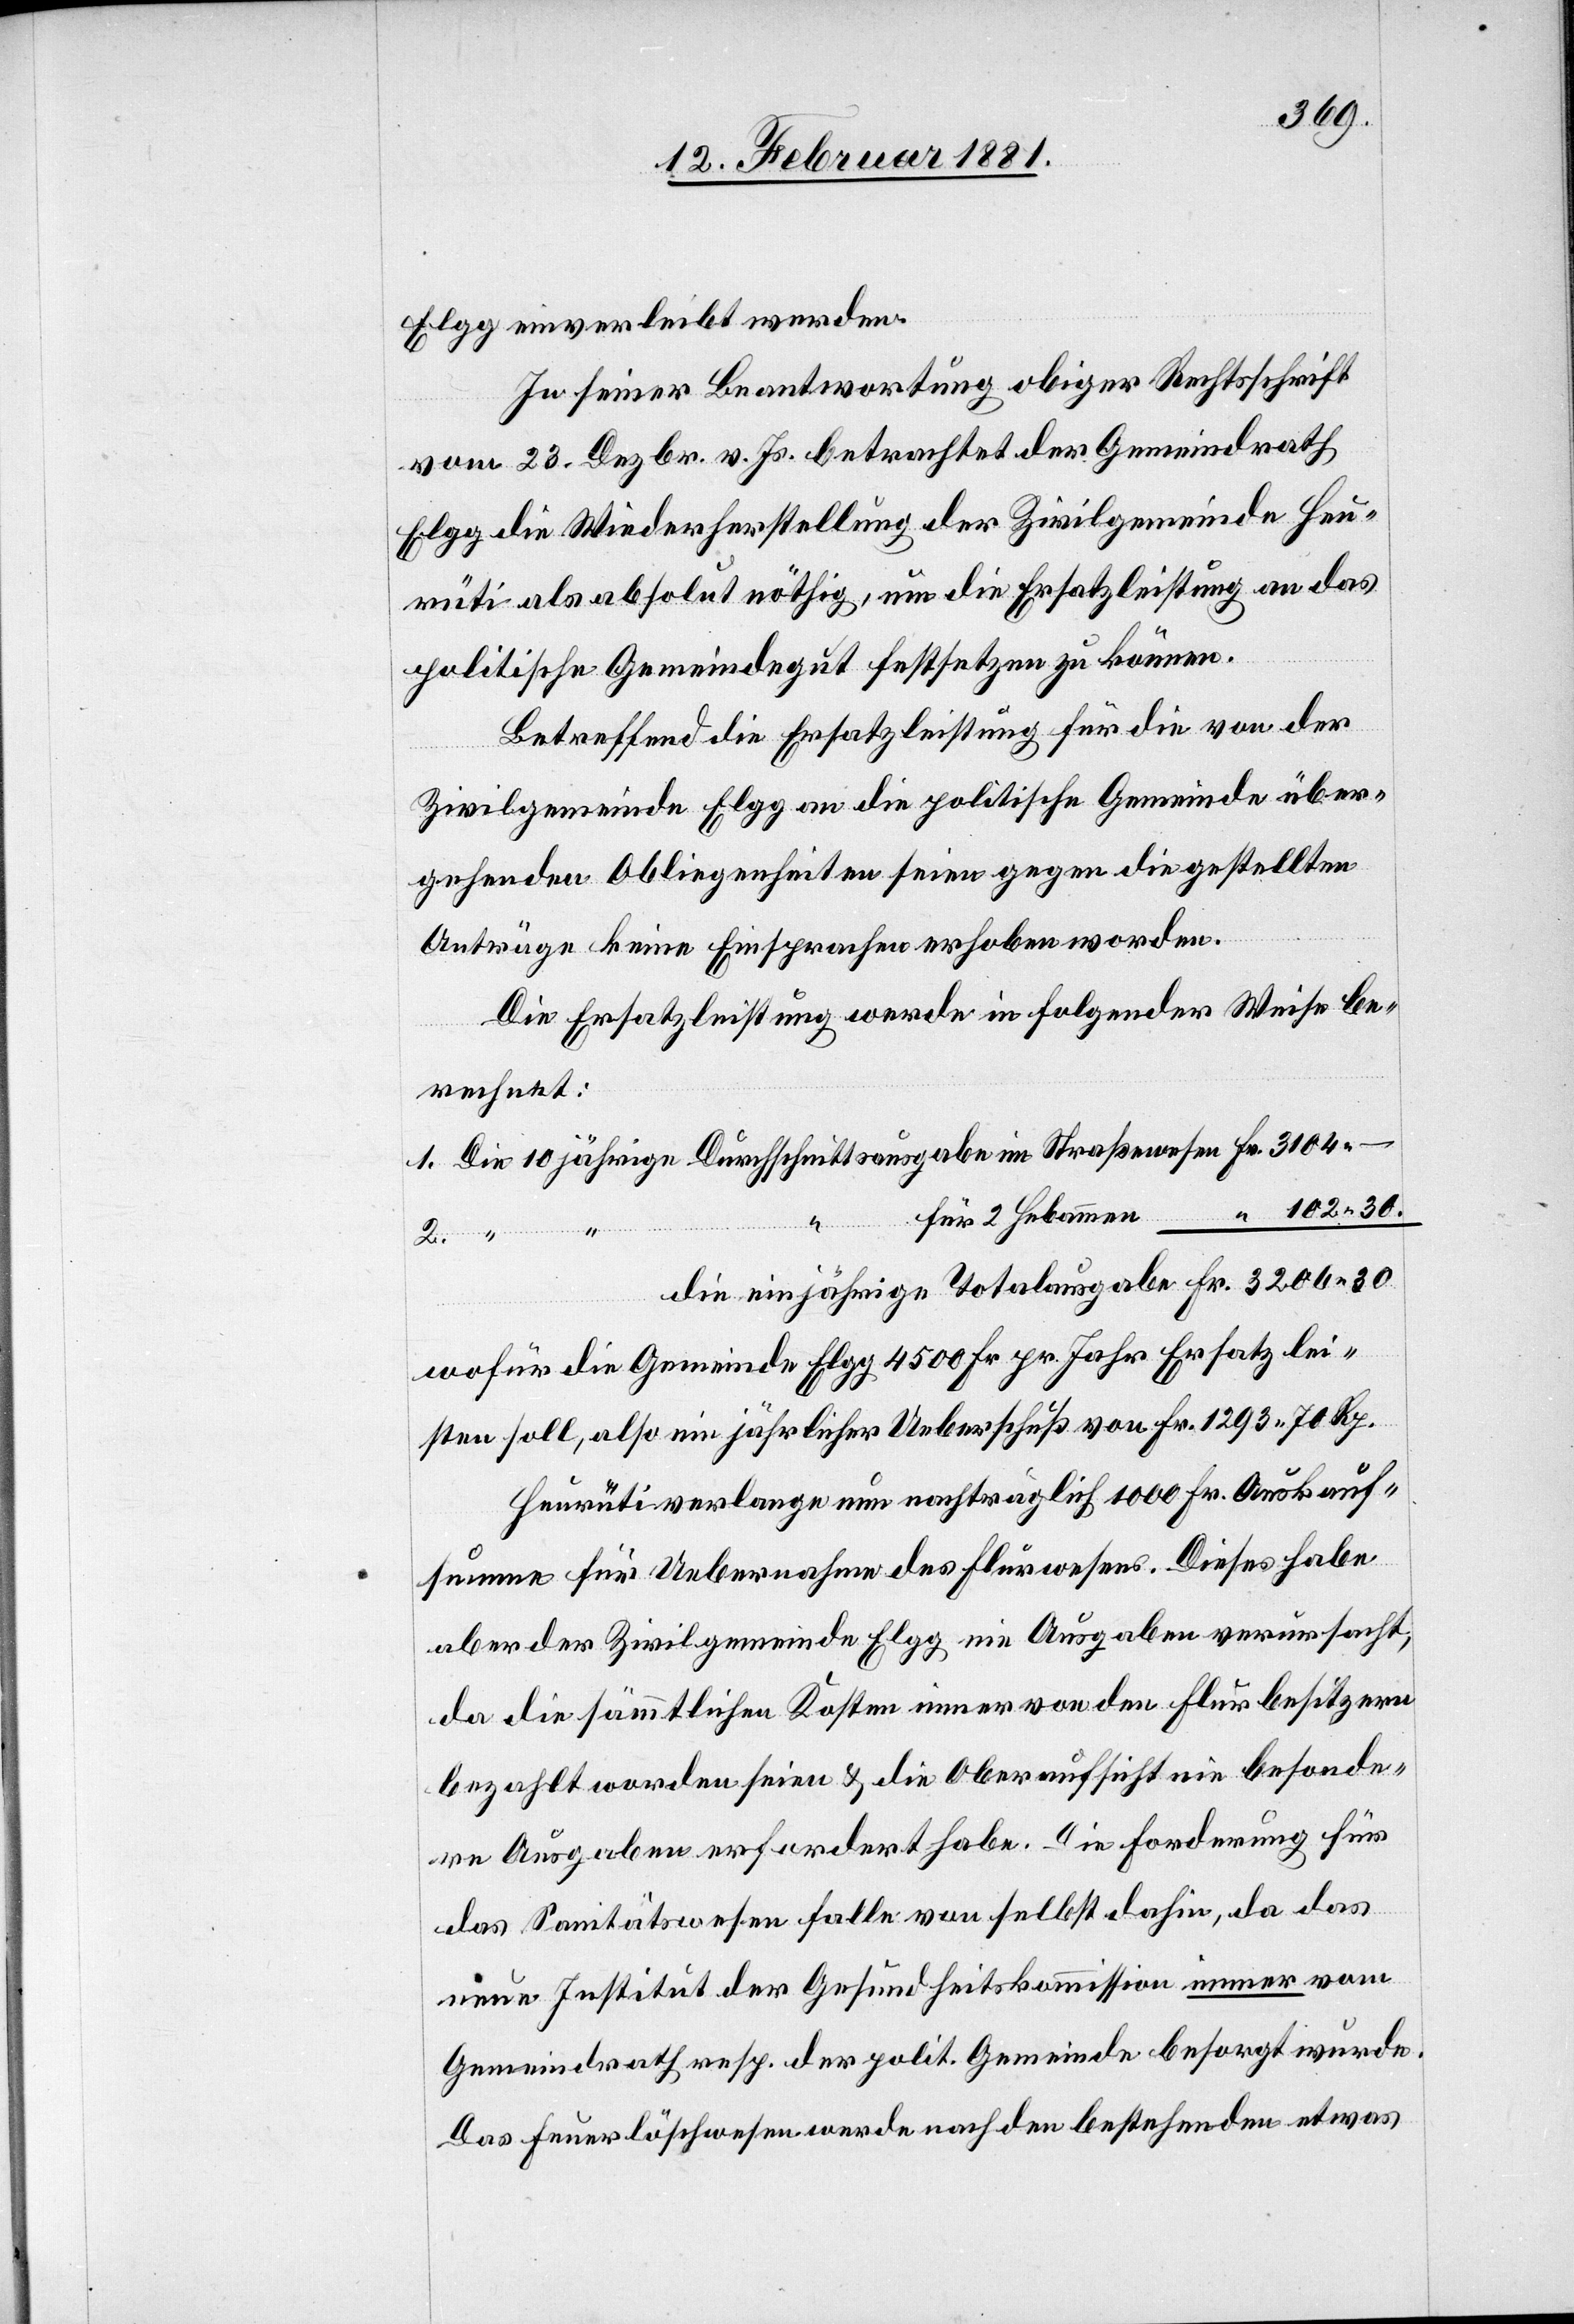
Elgg einverleibt werden.
In seiner Beantwortung obiger Rechtsschrift
vom 23. Dezbr. v. Js. betrachtet der Gemeindrath
Elgg die Wiederherstellung der Zivilgemeinde Heu¬
rüti als absolut nöthig, um die Ersatzleistung an das
politische Gemeindegut festsetzen zu können.
Betreffend die Ersatzleistung für die von der
Zivilgemeinde Elgg an die politische Gemeinde über¬
gehenden Obliegenheiten seien gegen die gestellten
Anträge keine Einsprachen erhoben worden.
Die Ersatzleistung werde in folgender Weise be¬
rechnet:
die
30.
2
wofür die Gemeinde Elgg 4500 Fr. pr. Jahr Ersatz lei¬
sten soll, also ein jährlicher Ueberschuß von Fr. 1293 70 Rp.
Heurüti verlange nun nachträglich 1000 Fr. Auskauf¬
summe für Uebernahme des Flurwesens. Dieses habe
aber der Zivilgemeinde Elgg nie Ausgaben verursacht,
da die sämmtlichen Kosten immer von den Flurbesitzern
bezahlt worden seien & die Oberaufsicht nie besonde¬
re Ausgaben erfordert habe. Die Forderung für
das Sanitätswesen falle von selbst dahin, da das
neue Institut der Gesundheitskommission immer vom
Gemeindrath resp. der polit. Gemeinde besorgt wurde.
Das Feuerlöschwesen werde nach den bestehenden etwas